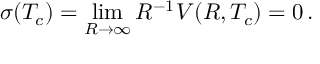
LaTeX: \sigma ( T _ { c } ) = \operatorname * { l i m } _ { R \to \infty } R ^ { - 1 } V ( R , T _ { c } ) = 0 \, { . }